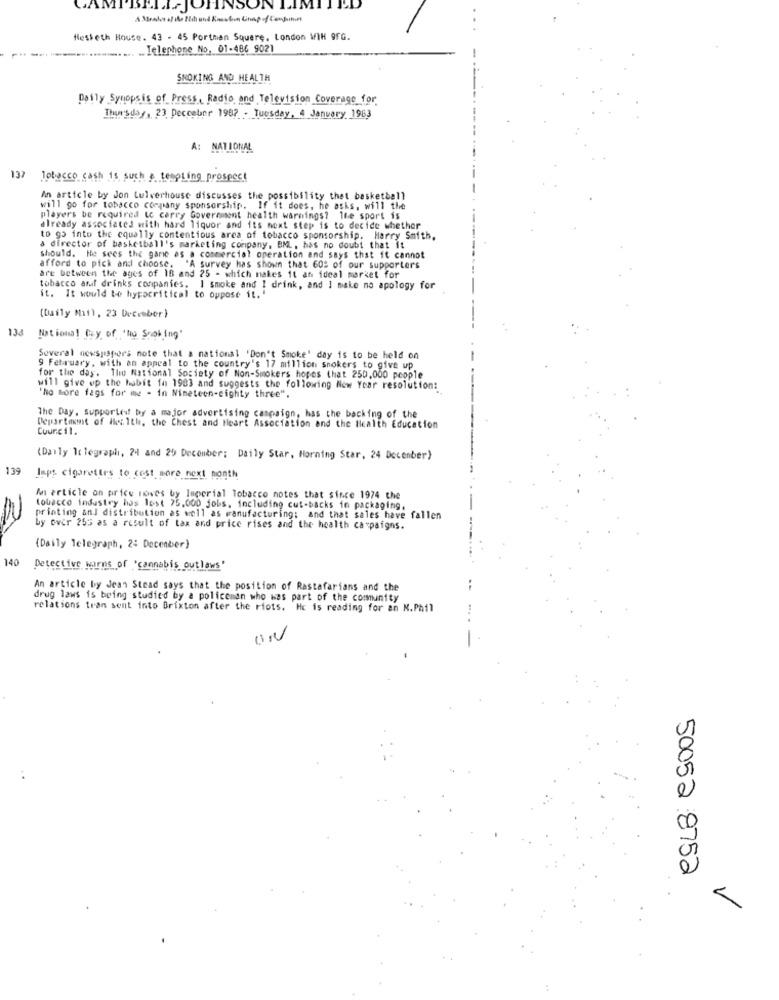
JOHNSO
Hesketh House. 43 - 45 Portmen Square, London WIH OFG.
.. Telephone No, 01-486 9021
SMOKING AND HEALTH
Daily Synopsis of Press, Radio and Television Coverage for
Thursday , 23 December 1987 - Tuesday, 4 January 1963
A: NATIONAL
137
Tobacco cash is such & tempting prospect
An article by Jon Lulverhouse discusses the possibility that basketball
will go for tobacco company sponsorship. If it does, he asks, will the
players be required to carry Government health warnings? lte sport is
already associated with hard liquor and its next step is to decide whether
to go into the equally contentious area of tobacco sponsorship. Harry Smith,
a director of basketball's marketing company, BML, has no doubt that it
should. He sees the game as a commercial operation and says that it cannot
afford to pick and choose. "A survey has shown that 602 of our supporters
are between the ages of 10 and 25 - which makes 11 an ideal mørket for
tobacco aff drinks companies. I smoke and I drink, and ] make no apology for
it. It would be hypocritical to oppose it. "
(Daily Mail, 23 December)
138
National Day of "he Shot Ing"
Soveral newspapers note that a national 'Don't Smoke' day is to be held on
9 February, with an appeal to the country's 17 million smokers to give up
for the day. The National Society of Non-Smokers hopes that 250,000 people
will give up the habit fa 1983 and suggests the following New Year resolution:
"No more fags for me - in Nineteen-eighty three".
The Day, Supported by a major advertising campaign, has the backing of the
Department of ile: 1th, the Chest and Heart Association and the Health Education
Council.
(Daily Mc Tegraph, 24 and 29 December: Daily Star, Morning Star, 24 December>
139
Inps cigarettes to cost more next month
& article on price moises by Imperial Tobacco notes that since 1974 the
tobacco industry has lost 75,000 jobs, including cut-backs in packaging,
printing and distribution as well as manufacturing; and that sales have fallen
by over 255 as a result of tax and price rises and the health campaigns.
(Daily Telegraph, 2: December)
140
Detective warns of "cannabis outlaws'
An article by Jean Stead says that the position of Rastafarians and the
drug laws is being studied by a policeman who was part of the community
relations tran sent into Brixton after the riots. Hc is reading for an N.Phil
UN
50052 8752